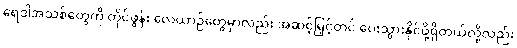
ရေဒါအသစ်တွေကို တိုင်ဖွန်း လေယာဉ်တွေမှာလည်း အဆင့်မြှင့်တင် ပေးသွားနိုင်ဖို့ရှိတယ်လို့လည်း